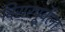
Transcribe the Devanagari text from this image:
विरारपूर्वेला